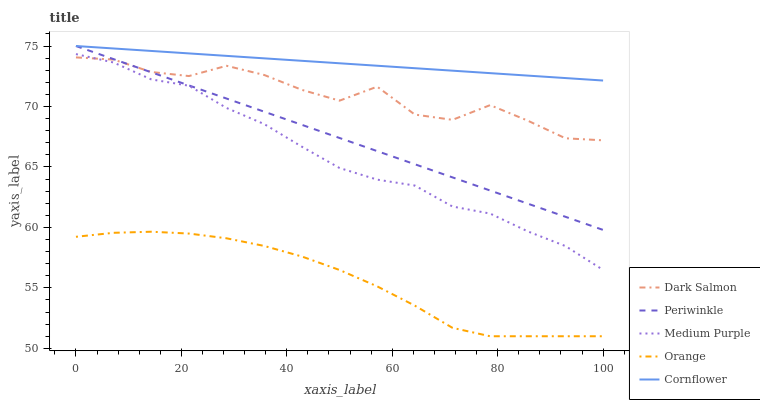
| xaxis_label | Dark Salmon | Periwinkle | Medium Purple | Orange | Cornflower |
 | --- | --- | --- | --- | --- | --- |
 | 0 | 74.1 | 75 | 74.3 | 59.2 | 75 |
 | 7.14 | 73.9 | 73.9 | 73.6 | 59.6 | 74.8 |
 | 14.3 | 72.9 | 72.8 | 72.2 | 59.6 | 74.6 |
 | 21.4 | 72.5 | 71.7 | 71.7 | 59.5 | 74.4 |
 | 28.6 | 73.4 | 70.7 | 69.9 | 59.1 | 74.2 |
 | 35.7 | 72.6 | 69.6 | 68.5 | 58.5 | 74 |
 | 42.9 | 71.4 | 68.5 | 66.7 | 57.6 | 73.8 |
 | 50 | 70.5 | 67.4 | 64.9 | 56.5 | 73.6 |
 | 57.1 | 71.6 | 66.3 | 64 | 55.1 | 73.4 |
 | 64.3 | 69.3 | 65.2 | 63.5 | 53.5 | 73.2 |
 | 71.4 | 68.9 | 64.1 | 61.7 | 51.7 | 73 |
 | 78.6 | 70.1 | 63.1 | 61.1 | 51 | 72.8 |
 | 85.7 | 68.8 | 62 | 59.7 | 51 | 72.6 |
 | 92.9 | 67.4 | 60.9 | 58.5 | 51 | 72.3 |
 | 100 | 67.2 | 59.8 | 56.5 | 51 | 72.1 |